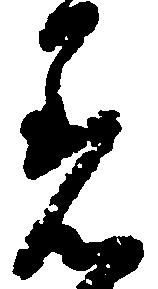
着